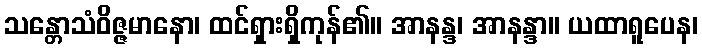
သန္တောသံဝိဇ္ဇမာနော၊ ထင်ရှားရှိကုန်၏။ အာနန္ဒ၊ အာနန္ဒာ။ ယထာရူပေန၊